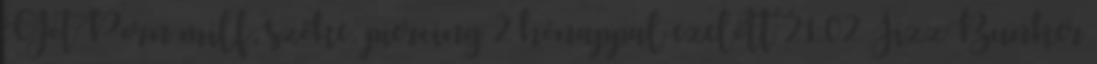
GotPorn milf, szőke, piercing 2 hónappal ezelőtt 21:02 JizzBunker